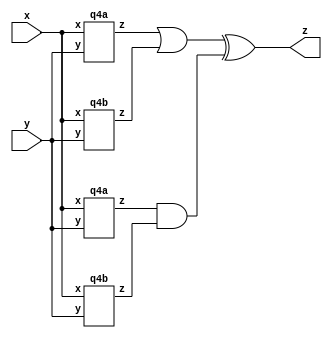
module top_module (input x, input y, output z);
	wire z1,z2,z3,z4,or_1,and_1;
    q4a ia1 (.x(x), .y(y), .z(z1));
    q4b ib1 (.x(x), .y(y), .z(z2));
    
    q4a ia2 (.x(x), .y(y), .z(z3));
    q4b ib2 (.x(x), .y(y), .z(z4));
    
    assign or_1 = z1 | z2;
    assign and_1 = z3 & z4;
    assign z = or_1 ^ and_1;
    
endmodule

module q4a (input x, input y, output z);
    assign z = (x^y)&x;
endmodule

module q4b(input x,input y,output z);
	assign z = ~(x^y);
endmodule